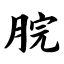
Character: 脘